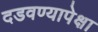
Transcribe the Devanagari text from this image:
दडवण्यापेक्षा